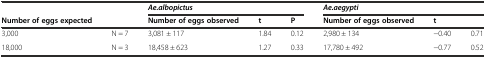
<table><thead><tr><td></td><td></td><td colspan="3"><b><i>Ae.albopictus</i></b></td><td colspan="3"><b><i>Ae.aegypti</i></b></td></tr><tr><td><b>Number of eggs expected</b></td><td></td><td><b>Number of eggs observed</b></td><td><b>t</b></td><td><b>P</b></td><td><b>Number of eggs observed</b></td><td><b>t</b></td><td></td></tr></thead><tbody><tr><td>3,000</td><td>N = 7</td><td>3,081 ± 117</td><td>1.84</td><td>0.12</td><td>2,980 ± 134</td><td>−0.40</td><td>0.71</td></tr><tr><td>18,000</td><td>N = 3</td><td>18,458 ± 623</td><td>1.27</td><td>0.33</td><td>17,780 ± 492</td><td>−0.77</td><td>0.52</td></tr></tbody></table>